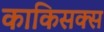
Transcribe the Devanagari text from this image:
काकिसक्स